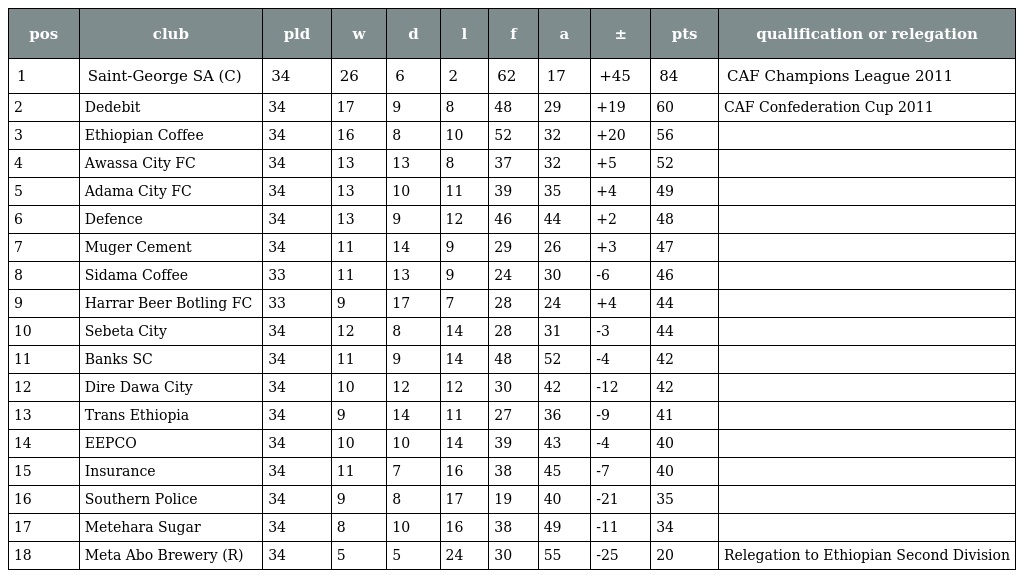
| pos | club | pld | w | d | l | f | a | ± | pts | qualification or relegation |
 | --- | --- | --- | --- | --- | --- | --- | --- | --- | --- | --- |
 | 1 | Saint-George SA (C) | 34 | 26 | 6 | 2 | 62 | 17 | +45 | 84 | CAF Champions League 2011 |
 | 2 | Dedebit | 34 | 17 | 9 | 8 | 48 | 29 | +19 | 60 | CAF Confederation Cup 2011 |
 | 3 | Ethiopian Coffee | 34 | 16 | 8 | 10 | 52 | 32 | +20 | 56 |  |
 | 4 | Awassa City FC | 34 | 13 | 13 | 8 | 37 | 32 | +5 | 52 |  |
 | 5 | Adama City FC | 34 | 13 | 10 | 11 | 39 | 35 | +4 | 49 |  |
 | 6 | Defence | 34 | 13 | 9 | 12 | 46 | 44 | +2 | 48 |  |
 | 7 | Muger Cement | 34 | 11 | 14 | 9 | 29 | 26 | +3 | 47 |  |
 | 8 | Sidama Coffee | 33 | 11 | 13 | 9 | 24 | 30 | -6 | 46 |  |
 | 9 | Harrar Beer Botling FC | 33 | 9 | 17 | 7 | 28 | 24 | +4 | 44 |  |
 | 10 | Sebeta City | 34 | 12 | 8 | 14 | 28 | 31 | -3 | 44 |  |
 | 11 | Banks SC | 34 | 11 | 9 | 14 | 48 | 52 | -4 | 42 |  |
 | 12 | Dire Dawa City | 34 | 10 | 12 | 12 | 30 | 42 | -12 | 42 |  |
 | 13 | Trans Ethiopia | 34 | 9 | 14 | 11 | 27 | 36 | -9 | 41 |  |
 | 14 | EEPCO | 34 | 10 | 10 | 14 | 39 | 43 | -4 | 40 |  |
 | 15 | Insurance | 34 | 11 | 7 | 16 | 38 | 45 | -7 | 40 |  |
 | 16 | Southern Police | 34 | 9 | 8 | 17 | 19 | 40 | -21 | 35 |  |
 | 17 | Metehara Sugar | 34 | 8 | 10 | 16 | 38 | 49 | -11 | 34 |  |
 | 18 | Meta Abo Brewery (R) | 34 | 5 | 5 | 24 | 30 | 55 | -25 | 20 | Relegation to Ethiopian Second Division |